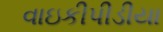
વાઇકીપીડીયા